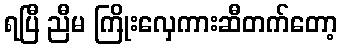
ရပြီ ညီမ ကြိုးလှေကားဆီတက်တော့